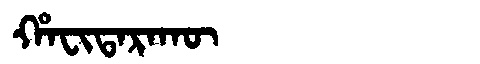
Manchu: ᡥᠠᠸᡳᡨᠠᡵᠠᡴᡡ
Romanization: HAFITARAKŪ